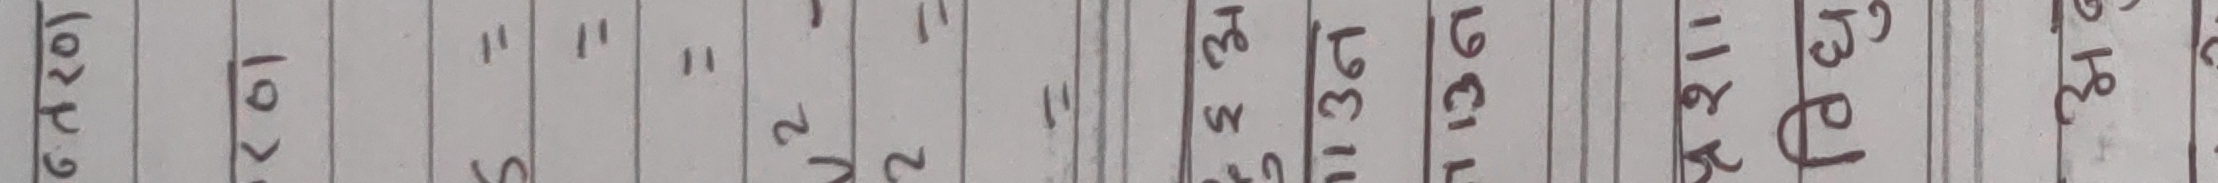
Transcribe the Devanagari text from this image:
उत्तराण दक्षिण ११ २२ ३३ १३६१ १३६२ १३६३ १४४१ पौष ११ माघ १२ फागुन १३